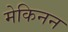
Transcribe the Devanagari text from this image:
मेकिनन